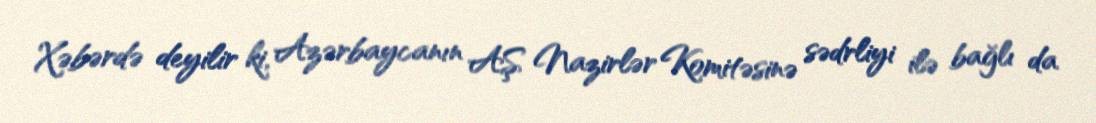
Xəbərdə deyilir ki, Azərbaycanın AŞ Nazirlər Komitəsinə sədrliyi ilə bağlı da